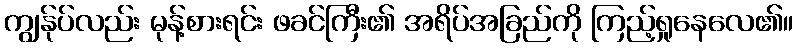
ကျွန်ုပ်လည်း မုန့်စားရင်း ဖခင်ကြီး၏ အရိပ်အခြည်ကို ကြည့်ရှုနေလေ၏။